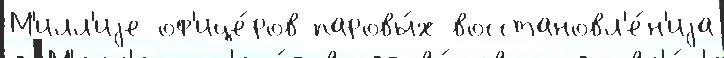
М'илл'иjе оф'ице́ров паровы́х восстановл'е́н'иjа